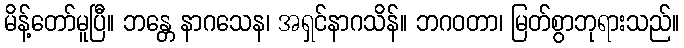
မိန့်တော်မူပြီ။ ဘန္တေ နာဂသေန၊ အရှင်နာဂသိန်။ ဘဂဝတာ၊ မြတ်စွာဘုရားသည်။